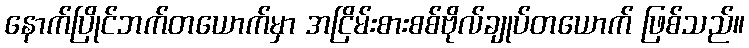
နောက်ပြိုင်ဘက်တယောက်မှာ အငြိမ်းစားစစ်ဗိုလ်ချုပ်တယောက် ဖြစ်သည်။